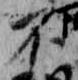
不